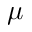
\boldsymbol \mu